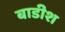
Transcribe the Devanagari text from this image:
बाडीश